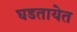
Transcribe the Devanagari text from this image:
घडतायेत